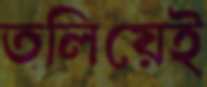
তলিয়েই